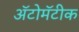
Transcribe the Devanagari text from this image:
ॲटोमॅटीक